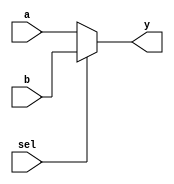
module mux2to1 (
    input wire a,       // Input signal a
    input wire b,       // Input signal b
    input wire sel,     // Select signal
    output reg y        // Output signal y
);

// Always block triggered by changes in a, b, or sel
always @ (a, b, sel) begin
    // Procedural assignment for combinational logic
    if (sel) begin
        y = b;  // If sel is high, output b
    end else begin
        y = a;  // If sel is low, output a
    end
end

endmodule